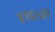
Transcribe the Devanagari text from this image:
४१६५३२